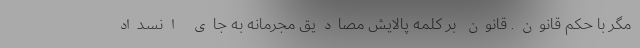
مگر با حكم قانون. قانون بر كلمه پالايش مصاديق مجرمانه به جاي انسداد